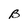
Character: B